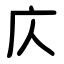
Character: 庂